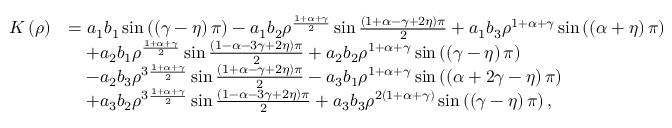
\begin{array} { r l } { K \left( \rho \right) } & { = a _ { 1 } b _ { 1 } \sin \left( \left( \gamma - \eta \right) \pi \right) - a _ { 1 } b _ { 2 } \rho ^ { \frac { 1 + \alpha + \gamma } { 2 } } \sin \frac { \left( 1 + \alpha - \gamma + 2 \eta \right) \pi } { 2 } + a _ { 1 } b _ { 3 } \rho ^ { 1 + \alpha + \gamma } \sin \left( \left( \alpha + \eta \right) \pi \right) } \\ & { \quad + a _ { 2 } b _ { 1 } \rho ^ { \frac { 1 + \alpha + \gamma } { 2 } } \sin \frac { \left( 1 - \alpha - 3 \gamma + 2 \eta \right) \pi } { 2 } + a _ { 2 } b _ { 2 } \rho ^ { 1 + \alpha + \gamma } \sin \left( \left( \gamma - \eta \right) \pi \right) } \\ & { \quad - a _ { 2 } b _ { 3 } \rho ^ { 3 \frac { 1 + \alpha + \gamma } { 2 } } \sin \frac { \left( 1 + \alpha - \gamma + 2 \eta \right) \pi } { 2 } - a _ { 3 } b _ { 1 } \rho ^ { 1 + \alpha + \gamma } \sin \left( \left( \alpha + 2 \gamma - \eta \right) \pi \right) } \\ & { \quad + a _ { 3 } b _ { 2 } \rho ^ { 3 \frac { 1 + \alpha + \gamma } { 2 } } \sin \frac { \left( 1 - \alpha - 3 \gamma + 2 \eta \right) \pi } { 2 } + a _ { 3 } b _ { 3 } \rho ^ { 2 \left( 1 + \alpha + \gamma \right) } \sin \left( \left( \gamma - \eta \right) \pi \right) , } \end{array}